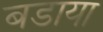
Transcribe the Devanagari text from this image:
बडाया